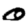
Digit: 0